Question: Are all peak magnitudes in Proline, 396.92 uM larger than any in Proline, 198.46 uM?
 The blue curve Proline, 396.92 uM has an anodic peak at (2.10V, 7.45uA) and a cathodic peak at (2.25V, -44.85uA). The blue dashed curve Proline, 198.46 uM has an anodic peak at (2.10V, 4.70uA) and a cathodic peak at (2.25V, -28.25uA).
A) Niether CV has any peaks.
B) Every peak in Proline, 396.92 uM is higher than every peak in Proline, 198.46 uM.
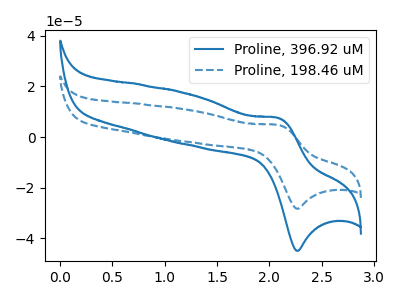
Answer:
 <answer>B) Every peak in "Proline, 396.92 uM" is higher than every peak in "Proline, 198.46 uM".</answer>
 <eval>B</eval>